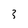
Character: 3